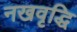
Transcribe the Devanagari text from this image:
नखवृद्धि